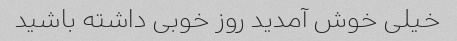
خیلی خوش آمدید روز خوبی داشته باشید